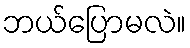
ဘယ်ပြောမလဲ။